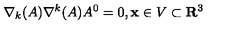
\nabla _ { k } ( A ) \nabla ^ { k } ( A ) A ^ { 0 } = 0 , { \bf x } \in V \subset { \bf R } ^ { 3 }